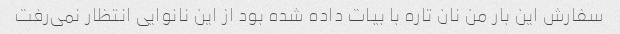
سفارش این بار من نان تاره با بیات داده شده بود از این نانوایی انتظار نمی‌رفت